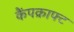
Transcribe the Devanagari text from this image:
कैंपक्राफ्ट